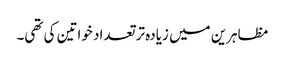
مظاہرین میں زیادہ تر تعداد خواتین کی تھی۔